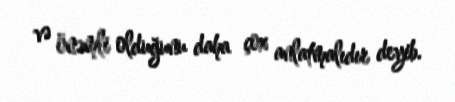
və önəmli olduğunu daha çox anlatmalıdır deyib.